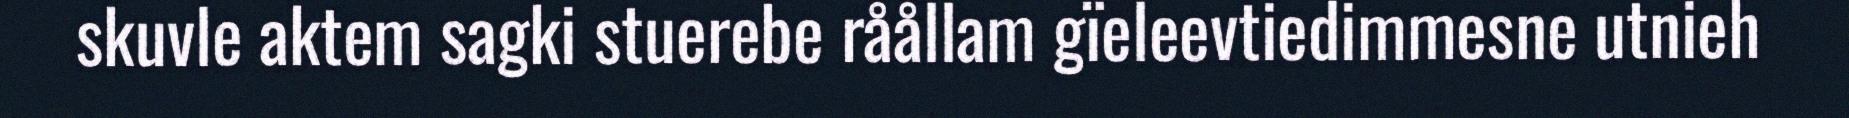
skuvle aktem sagki stuerebe råållam gïeleevtiedimmesne utnieh